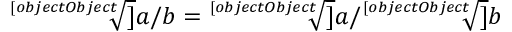
\; { \sqrt [ [object Object] ] { a / b } } = { \sqrt [ [object Object] ] { a } } / { \sqrt [ [object Object] ] { b } }